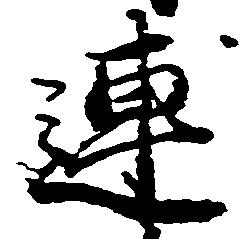
連